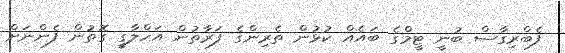
ފެބްރިގާސް ބުނީ ޓީމްގެ ބައެއް ކުޅުން ތެރިންގެ ފަރާތުން އަހްލާގީ ގޮތުން ފެންނަށް